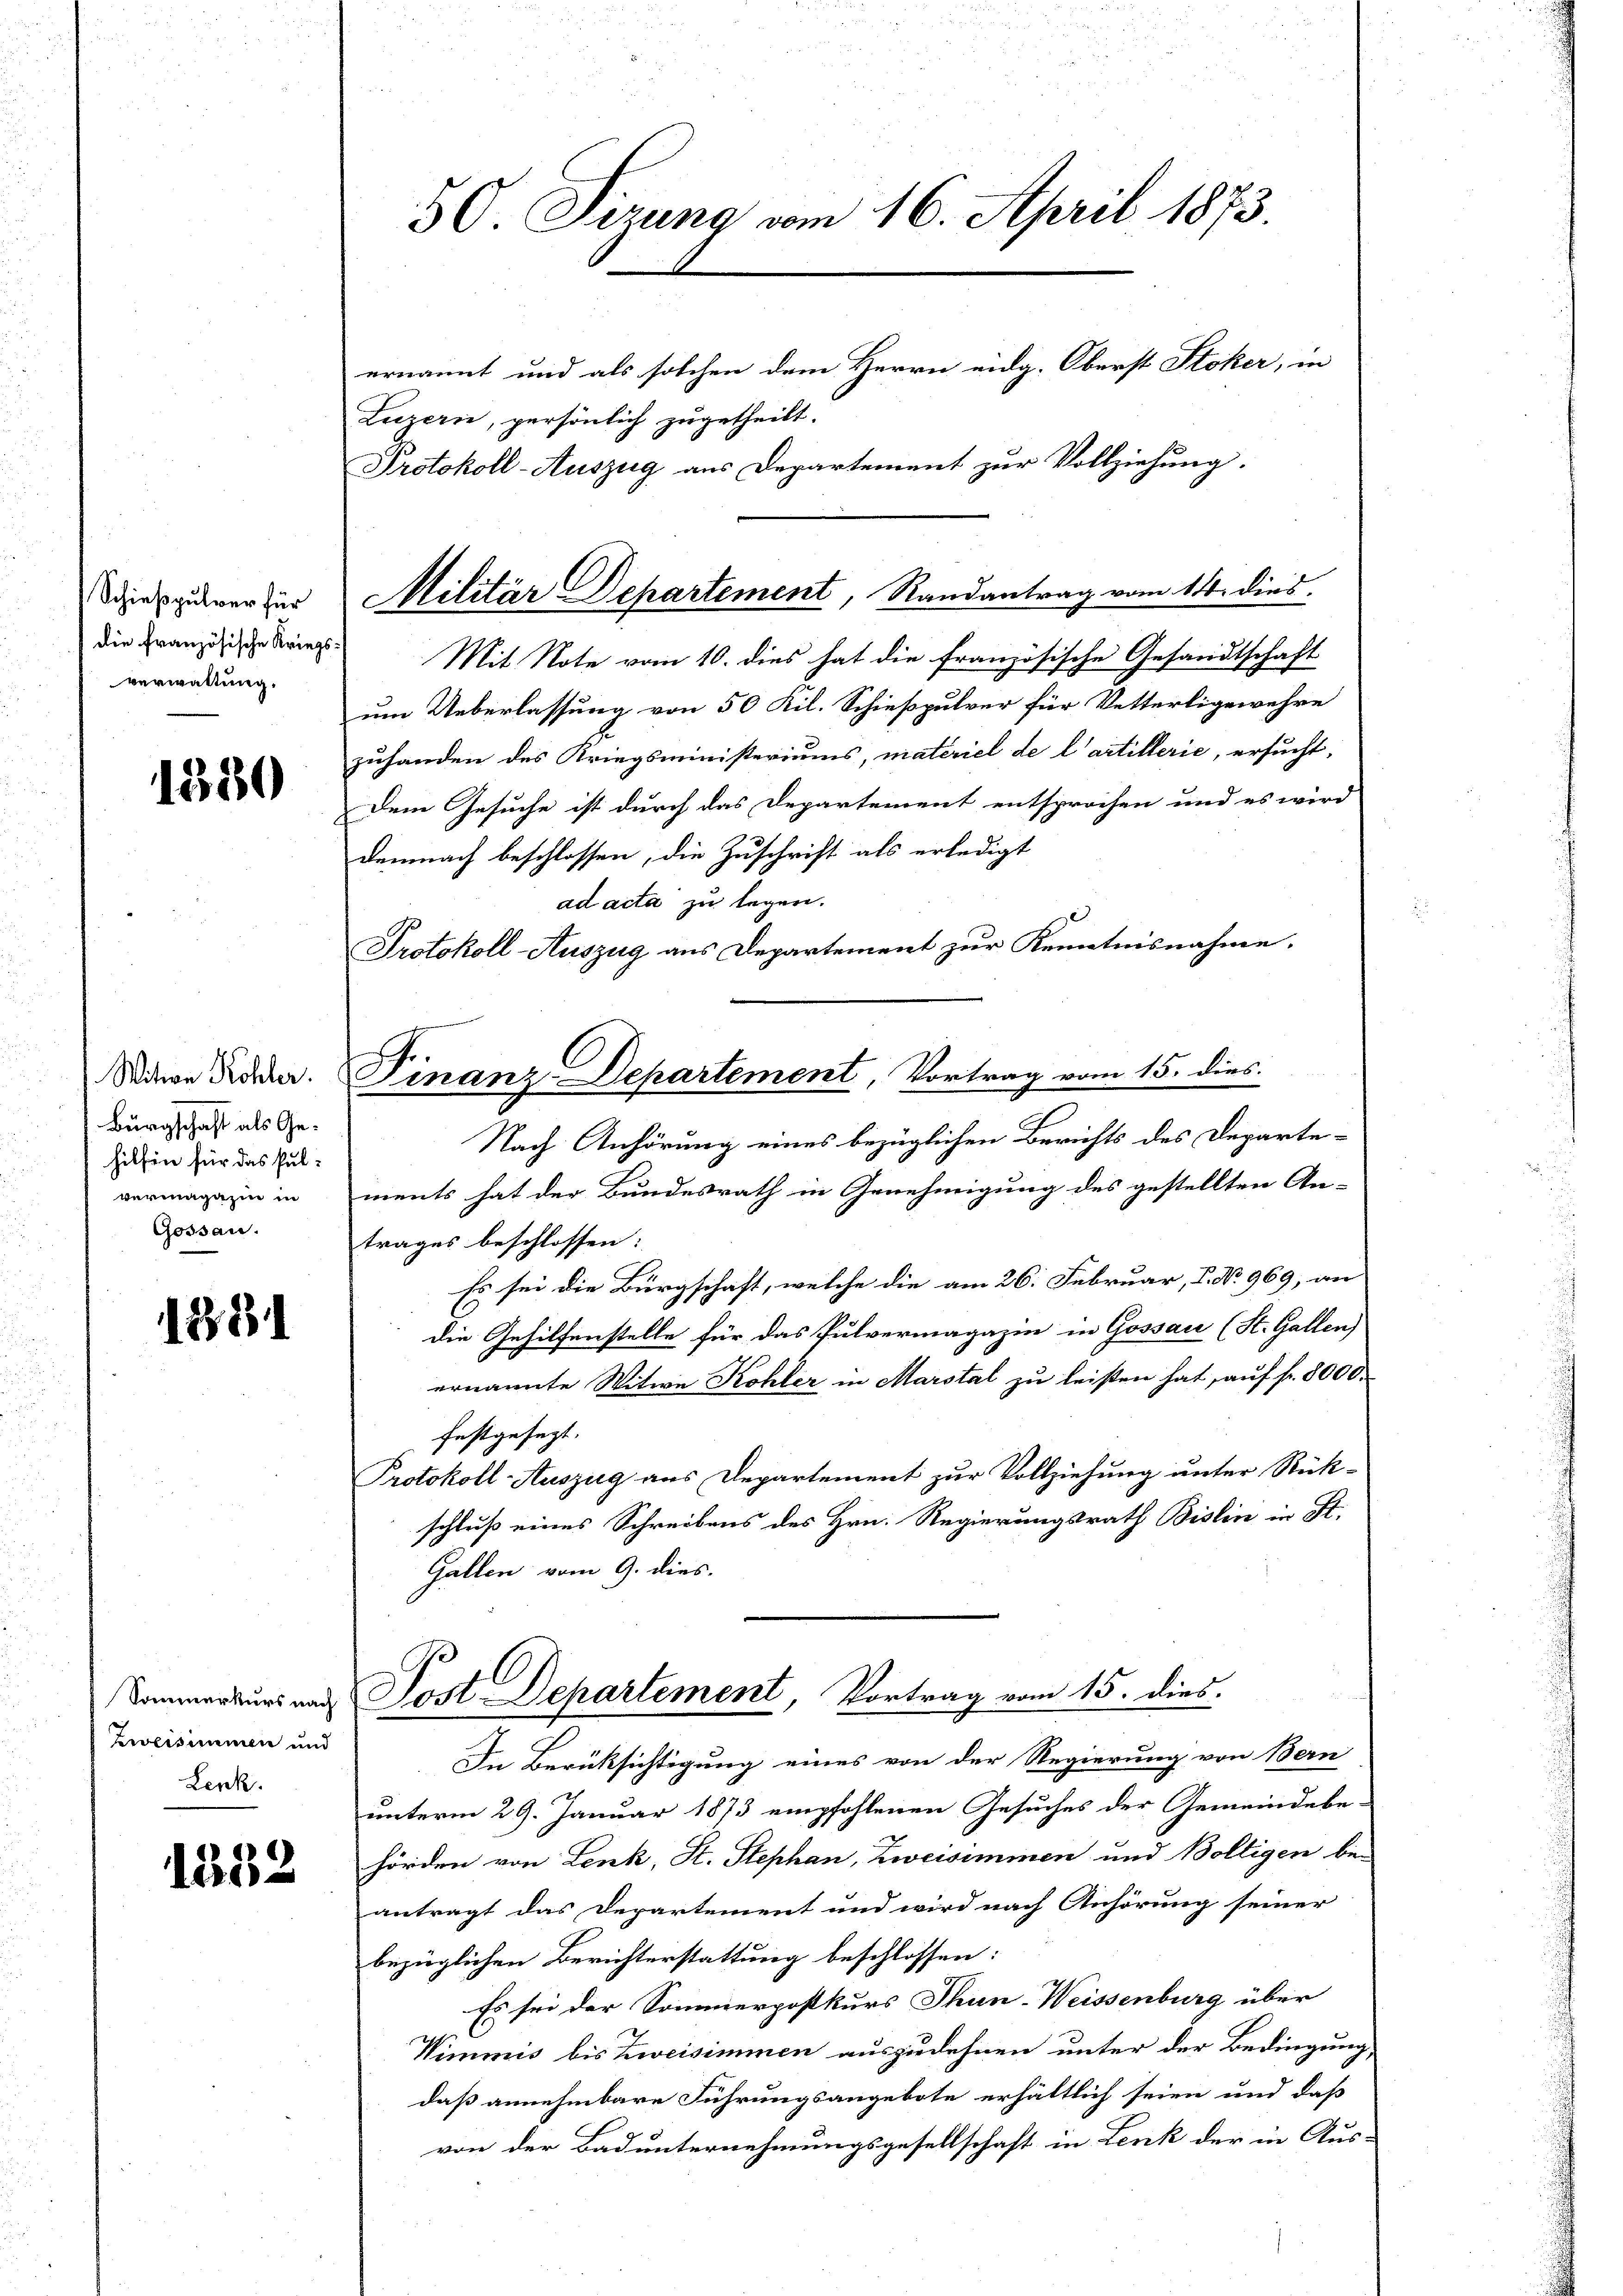
Schießpulver für
die französische Kriegsverwaltung.

1380

Witwe Röhler.
Bürgschaft als Gehilfen für das Pulvermagazin in
Gossau.

1881

Sommerkurs nach
Zerversimmen und
Lenk.

1552

30. Sizung vom 16. April 1873
ernannt und als solchen dem Herrn eidg. Oberst Stoker, in
Luzern, persönlich zugetheilt.
Protokoll-Auszug aus Departement zur Vollziehung.

Militär Departement, Randantrag vom 14. dies.

Mit Note vom 10. dies hat die französische Gesandtschaft
um Ueberlassung von 50 Kil. Schießpulver für Vetterligewehre
zuhanden des Kriegsministeriums, materiel de l’artillerie, ersucht,
Dem Gesuche ist durch das Departement entsprochen und es wird
demnach beschlossen, die Zuschrift als erledigt
ad acta zu legen.
Protokoll-Auszug aus Departement zur Kenntnisnahme.
Nach Anhörung eines bezüglichen Berichts des Departements hat der Bundesrath in Genehmigung des gestellten An-
trages beschlossen:
Es sei die Bürgschaft, welche die am 26. Februar, P. No. 969, an
die Gehilfenstelle für das Pulvermagazin in Gossau (St. Gallen)
ernannte Witwe Kohler in Marstal zu leisten hat, auf fr. 8000
festgesezt.
Protokoll- Auszug aus Departement zur Vollziehung unter Rück-
schluß eines Schreibens des Hrn. Regierungsrath Bislin in St.
Gallen vom 9. dies

.
Finanz-Departement, Vortrag vom 15. dies

Hast Departement, Vortrag vom 15. dies.

In Berüksichtigung eines von der Regierung von Bern
unterm 29. Januar 1873 empfohlenen Gesuches der Gemeindebe-
hörden von Lenk, St. Stephan, Zweisimmen und Boltigen bei
antragt das Departement und wird nach Anhörung seiner
bezüglichen Berichterstattung beschlossen:
Es sei der Sommerpostkurs Thun-Weissenburg über
Wimmis bis Zweisimmen auszudehnen unter der Bedingung
daß annehmbare Führungsangebote erhältlich seien und daß
von der Bad unternehmungsgesellschaft in Lenk der in Aus-